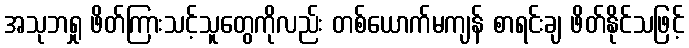
အသုဘရှု ဖိတ်ကြားသင့်သူတွေကိုလည်း တစ်ယောက်မကျန် စာရင်းချ ဖိတ်နိုင်သဖြင့်